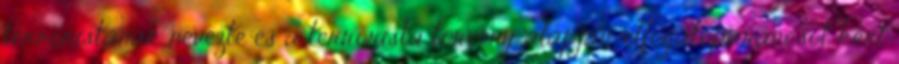
terroristának nevezte és a terrorista törvény alapján, elfogatóparancsot kért